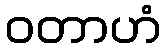
ဝတာဟံ